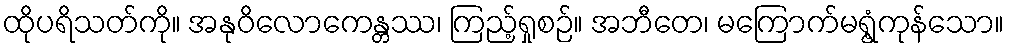
ထိုပရိသတ်ကို။ အနုဝိလောကေန္တဿ၊ ကြည့်ရှုစဉ်။ အဘီတေ၊ မကြောက်မရွံ့ကုန်သော။